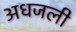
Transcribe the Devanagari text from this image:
अधजली